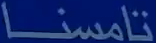
نامسنا